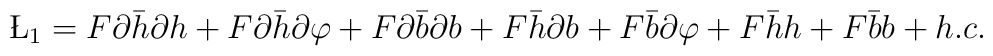
\L_1=F\partial \bar h \partial h+F\partial \bar h \partial\varphi+F\partial \bar b\partial b +F\bar h\partial b + F\bar b\partial\varphi+F\bar h h+F\bar b b +h.c.